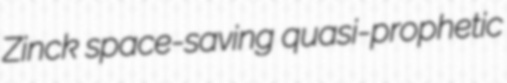
Zinck space-saving quasi-prophetic